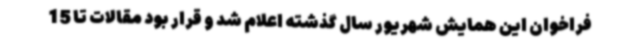
فراخوان این همایش شهریور سال گذشته اعلام شد و قرار بود مقالات تا 15